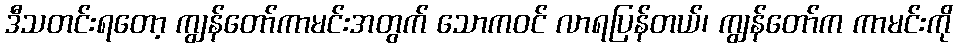
ဒီသတင်းရတော့ ကျွန်တော်ကာမင်းအတွက် သောကဝင် လာရပြန်တယ်၊ ကျွန်တော်က ကာမင်းကို